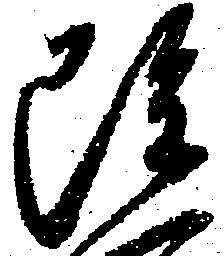
雖